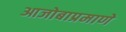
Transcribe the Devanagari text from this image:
आजोबाप्रमाणे